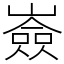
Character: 𡽗